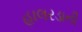
હાલરડાની